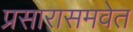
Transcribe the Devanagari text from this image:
प्रसारासमवेत